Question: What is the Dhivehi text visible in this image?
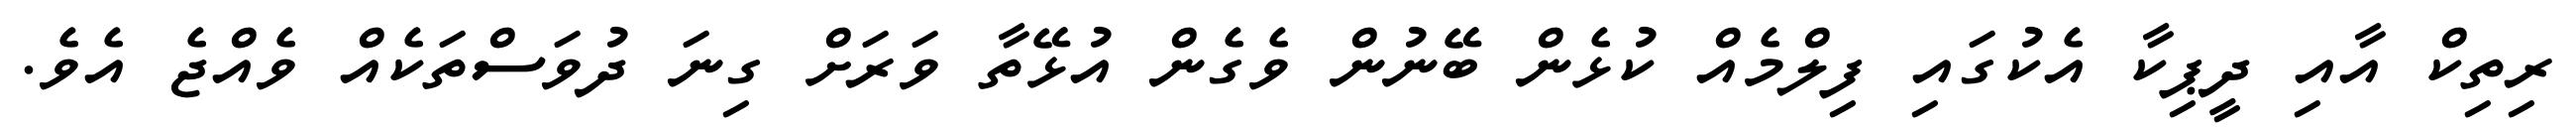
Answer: ރިތިކް އާއި ދީޕިކާ އެކުގައި ފިލްމެއް ކުޅެން ބޭނުން ވެގެން އުޅޭތާ ވަރަށް ގިނަ ދުވަސްތަކެއް ވެއްޖެ އެވެ.